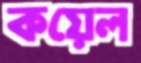
কয়েল